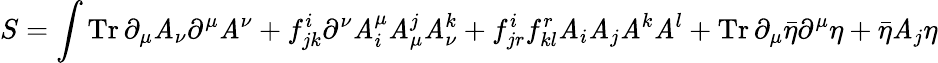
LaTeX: S=\int\operatorname{Tr}\partial_{\mu}\mathit{A}_{\nu}\partial^{\mu}\mathit{A}^{\nu}+f_{jk}^{i}\partial^{\nu}\mathit{A}_{i}^{\mu}\mathit{A}_{\mu}^{j}\mathit{A}_{\nu}^{k}+f_{jr}^{i}f_{kl}^{r}\mathit{A}_{i}\mathit{A}_{j}\mathit{A}^{k}\mathit{A}^{l}+\operatorname{Tr}\partial_{\mu}{\bar{{\eta}}}\partial^{\mu}\eta+{\bar{{\eta}}}\mathit{A}_{j}\eta